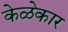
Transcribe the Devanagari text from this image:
केळेकार